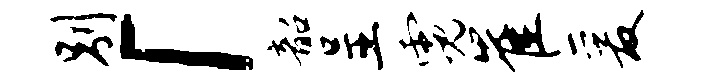
别「韶呈霓崔爰